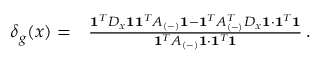
\begin{array} { r l } { \delta _ { g } ( x ) = } & { { } \frac { \mathbf { 1 } ^ { T } D _ { x } \mathbf { 1 } \mathbf { 1 } ^ { T } A _ { ( - ) } \mathbf { 1 } - \mathbf { 1 } ^ { T } A _ { ( - ) } ^ { T } D _ { x } \mathbf { 1 } \cdot \mathbf { 1 } ^ { T } \mathbf { 1 } } { \mathbf { 1 } ^ { T } A _ { ( - ) } \mathbf { 1 } \cdot \mathbf { 1 } ^ { T } \mathbf { 1 } } \, . } \end{array}